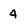
Character: 4